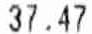
37.47